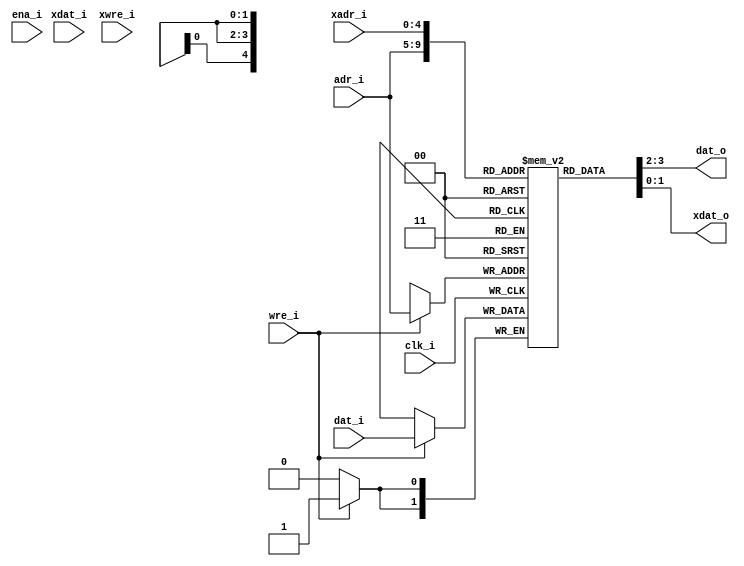
/* $Id: aeMB2_dparam.v,v 1.1 2008-04-26 17:57:43 sybreon Exp $
** 
** AEMB2 EDK 6.2 COMPATIBLE CORE
** Copyright (C) 2004-2008 Shawn Tan <shawn.tan@aeste.net>
** 
** This file is part of AEMB.
**
** AEMB is free software: you can redistribute it and/or modify it
** under the terms of the GNU Lesser General Public License as
** published by the Free Software Foundation, either version 3 of the
** License, or (at your option) any later version.
**
** AEMB is distributed in the hope that it will be useful, but WITHOUT
** ANY WARRANTY; without even the implied warranty of MERCHANTABILITY
** or FITNESS FOR A PARTICULAR PURPOSE.  See the GNU Lesser General
** Public License for more details.
**
** You should have received a copy of the GNU Lesser General Public
** License along with AEMB. If not, see <http:**www.gnu.org/licenses/>.
*/
/**
 * @file aeMB2_dparam.v
 * @brief On-chip dual-port asynchronous SRAM.

 * This will be implemented as distributed RAM with one read/write
   port and one read-only port.
  
 */

// 32x64 = 77
// 64x32 = 146
`timescale  1ns/1ps
module aeMB2_dparam (/*AUTOARG*/
   // Outputs
   dat_o, xdat_o,
   // Inputs
   adr_i, dat_i, wre_i, xadr_i, xdat_i, xwre_i, clk_i, ena_i
   ) ;
   parameter AW = 5; // 32
   parameter DW = 2; // x2

   // PORT A - READ/WRITE
   output [DW-1:0] dat_o;  
   input [AW-1:0]  adr_i;
   input [DW-1:0]  dat_i;
   input 	   wre_i;
   
   // PORT X - READ ONLY
   output [DW-1:0] xdat_o;  
   input [AW-1:0]  xadr_i;
   input [DW-1:0]  xdat_i;
   input 	   xwre_i;
   
   // SYSCON
   input 	   clk_i, 
		   ena_i;

   /*AUTOREG*/   
   reg [DW-1:0]    rRAM [(1<<AW)-1:0];
   
   always @(posedge clk_i)
     if (wre_i) rRAM[adr_i] <= #1 dat_i;	
   
   assign 	   dat_o = rRAM[adr_i];
   assign 	   xdat_o = rRAM[xadr_i];   
   
   // --- SIMULATION ONLY ------------------------------------
   // synopsys translate_off
   integer 	   i;
   initial begin
      for (i=0; i<(1<<AW); i=i+1) 
	begin
	   rRAM[i] <= {(DW){1'b0}};
end
   end
   // synopsys translate_on
   
endmodule // aeMB2_dparam

/*
 $Log: not supported by cvs2svn $
 Revision 1.1  2008/04/20 16:33:39  sybreon
 Initial import.
*/